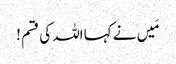
مَیں نے کہا اللہ کی قسم !